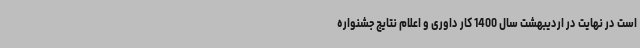
است در نهایت در اردیبهشت سال 1400 کار داوری و اعلام نتایج جشنواره